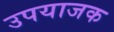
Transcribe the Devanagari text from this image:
उपयाजक